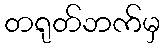
တရုတ်ဘက်မှ